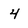
Character: 4